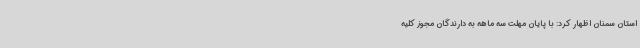
استان سمنان اظهار کرد: با پایان مهلت سه ماهه به دارندگان مجوز کلیه